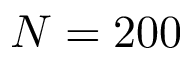
N = 2 0 0